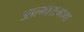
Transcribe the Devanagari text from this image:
आत्मारामाचा